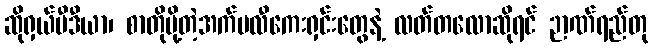
ဆိုရှယ်မီဒီယာ၊ စာတိုပို့တဲ့အက်ပလီကေးရှင်းတွေနဲ့ လတ်တလောဆိုရင် ဉာဏ်ရည်တု